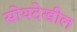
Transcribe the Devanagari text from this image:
सोयदेखील